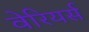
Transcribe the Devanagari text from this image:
वेरियर्स